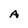
Character: A